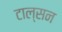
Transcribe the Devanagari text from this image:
टाल्सन